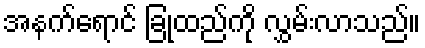
အနက်ရောင် ခြုံထည်ကို လွှမ်းလာသည်။